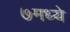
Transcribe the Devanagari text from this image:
७मध्ये